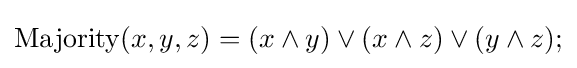
\operatorname {Majority} (x,y,z)=(x\wedge y)\vee (x\wedge z)\vee (y\wedge z);